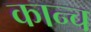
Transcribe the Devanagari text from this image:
कान्च